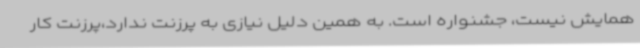
همایش نیست، جشنواره است. به همین دلیل نیازی به پرزنت ندارد،پرزنت کار